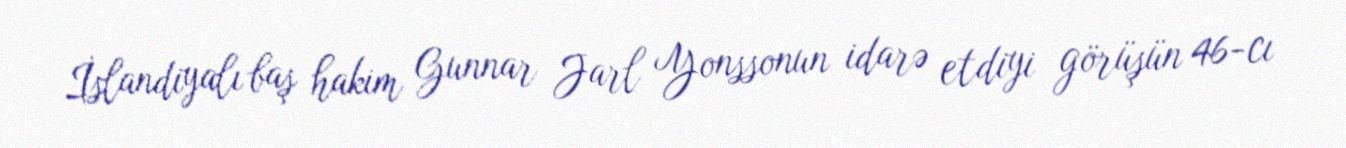
İslandiyalı baş hakim Gunnar Jarl Yonssonun idarə etdiyi görüşün 46-cı